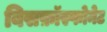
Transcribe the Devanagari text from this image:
बिसफ़ॉस्फोनेट